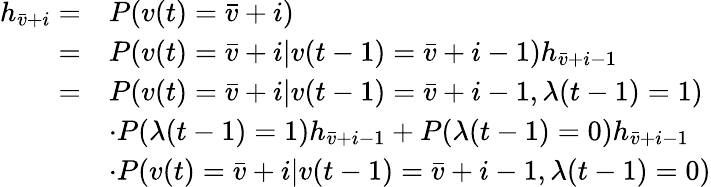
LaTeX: \begin{array}{rl}{{h}_{\bar{v}+i}=}&{P(v(t)=\bar{v}+i)}\\ {=}&{P(v(t)=\bar{v}+i|v(t-1)=\bar{v}+i-1){h}_{\bar{v}+i-1}}\\ {=}&{P(v(t)=\bar{v}+i|v(t-1)=\bar{v}+i-1,\lambda(t-1)=1)}\\ &{\cdot P(\lambda(t-1)=1){h}_{\bar{v}+i-1}+P(\lambda(t-1)=0){h}_{\bar{v}+i-1}}\\ &{\cdot P(v(t)=\bar{v}+i|v(t-1)=\bar{v}+i-1,\lambda(t-1)=0)}\end{array}